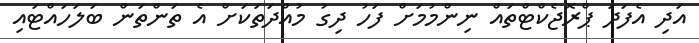
އަދި އެފަދަ ޕްރޮޖެކްޓްތައް ނިންމުމަށް ފަހު ދިގު މުއްދަތަކަށް އެ ތަންތަން ބަލަހައްޓައި